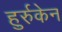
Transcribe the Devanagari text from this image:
हुर्रुकेन